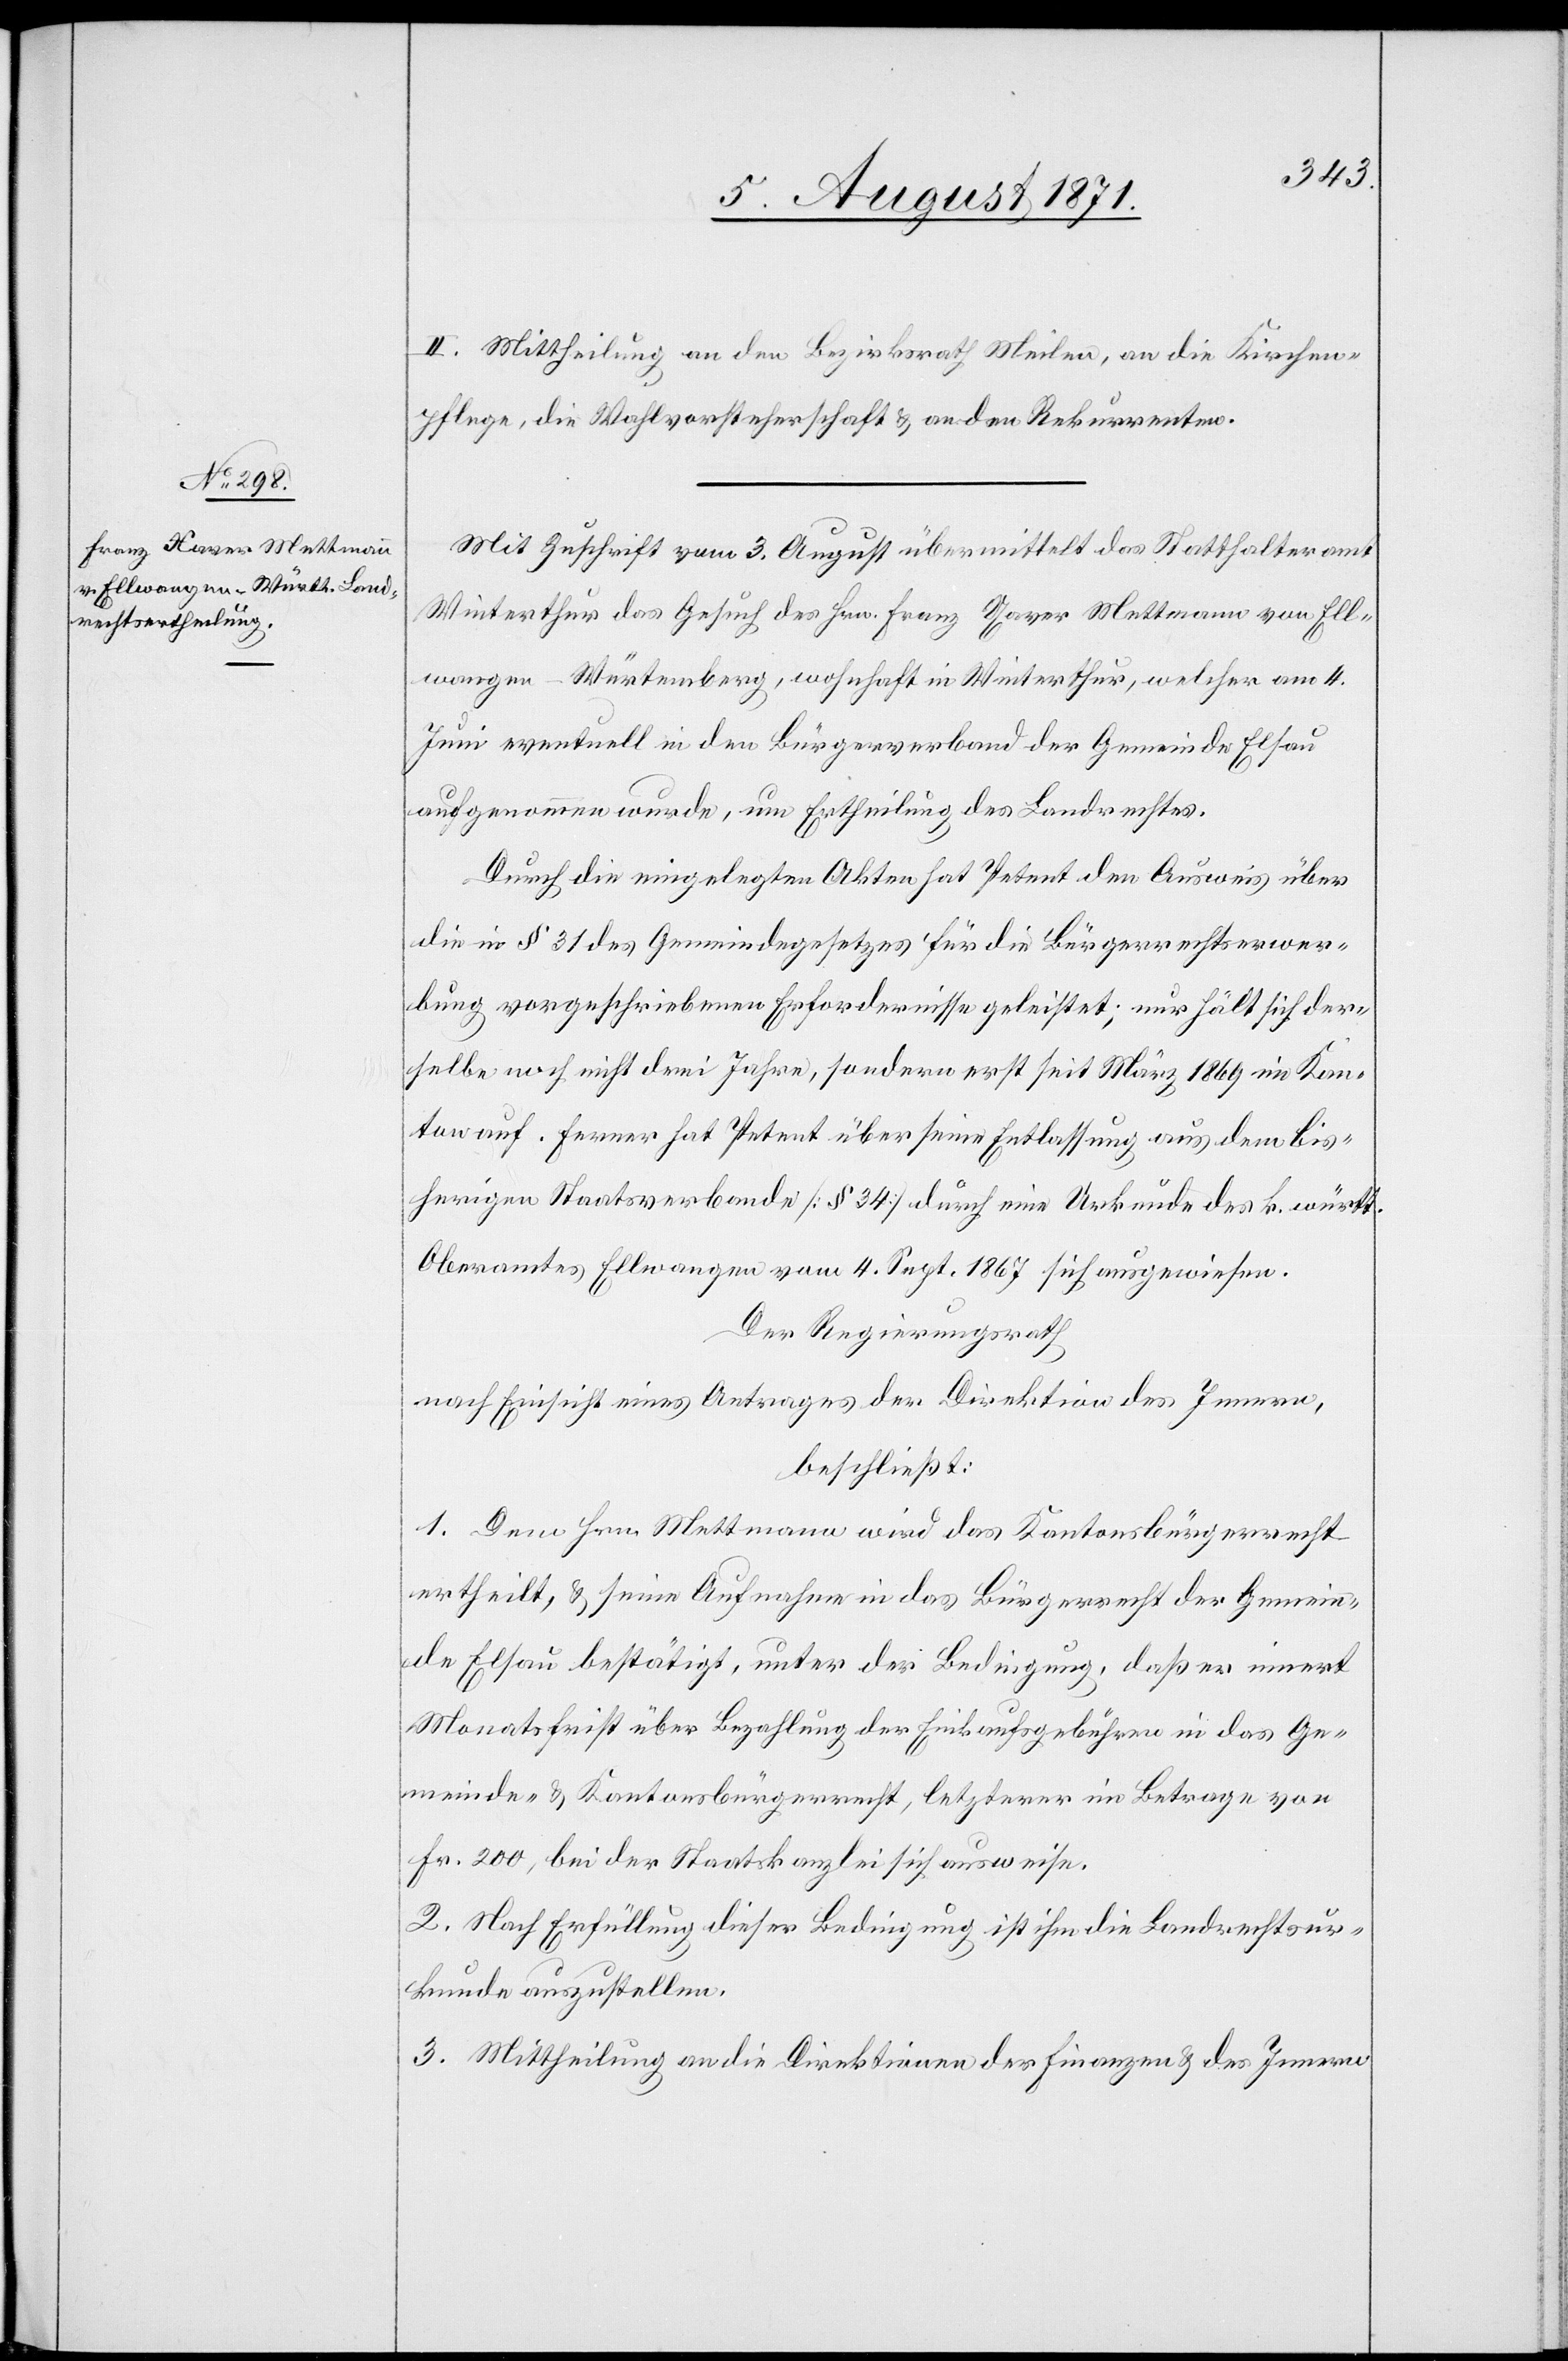
II. Mittheilung an den Bezirksrath Meilen, an die Kirchen¬
pflege, die Wahlvorsteherschaft u. an den Rekurrenten.
Mit Zuschrift vom 3. August übermittelt das Statthalteramt
Winterthur das Gesuch des Hrn. Franz Xaver Mettmann von Ell¬
wangen-Würtemberg, wohnhaft in Winterthur, welcher am 4.
Juni eventuell in den Bürgerverband der Gemeinde Elsau
aufgenommen wurde, um Ertheilung des Landrechtes.
Durch die eingelegten Akten hat Petent den Ausweis über
die in § 31 des Gemeindegesetzes für die Bürgerrechtserwer¬
bung vorgeschriebenen Erfordernisse geleistet; nur hält sich der¬
selbe noch nicht drei Jahre, sondern erst seit März 1869 im Kan¬
ton auf. Ferner hat Petent über seine Entlassung aus dem bis¬
herigen Staatsverbande [§ 34] durch eine Urkunde des k. württ.
Oberamtes Ellwangen vom 4. Sept. 1867 sich ausgewiesen.
Der Regierungsrath
nach Einsicht eines Antrages der Direktion des Innern,
beschließt:
1. Dem Herr Mettmann wird das Kantonsbürgerrecht
ertheilt, u. seine Aufnahme in das Bürgerrecht der Gemein¬
de Elsau bestätigt, unter der Bedingung, daß er innert
Monatsfrist über Bezahlung der Einkaufsgebühr in das Ge¬
meinde- u. Kantonsbürgerrecht, letztere im Betrage von
Fr. 200, bei der Staatskanzlei sich ausweise.
2. Nach Erfüllung dieser Bedingung ist ihm die Landrechtsur¬
kunde auszustellen.
3. Mittheilung an die Direktion der Finanzen u. des Innern